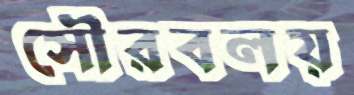
সৌরবলয়